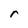
Character: r